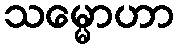
သမ္မောဟာ